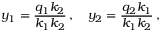
y _ { 1 } = \frac { q _ { 1 } k _ { 2 } } { k _ { 1 } k _ { 2 } } \, , \quad y _ { 2 } = \frac { q _ { 2 } k _ { 1 } } { k _ { 1 } k _ { 2 } } \, ,